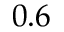
0 . 6